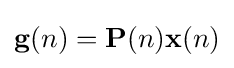
\mathbf {g} (n)=\mathbf {P} (n)\mathbf {x} (n)